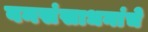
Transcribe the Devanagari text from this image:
वनसंसाधनांचे